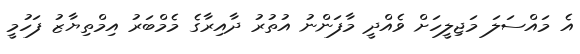
އެ މައްސަލަ މަޖިލީހަށް ވެއްދީ މާފަންނު އުތުރު ދާއިރާގެ މެމްބަރު އިމްތިޔާޒު ފަހުމީ